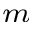
^ m